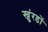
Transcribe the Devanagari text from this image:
खुंरडों